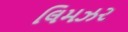
લિમઝર